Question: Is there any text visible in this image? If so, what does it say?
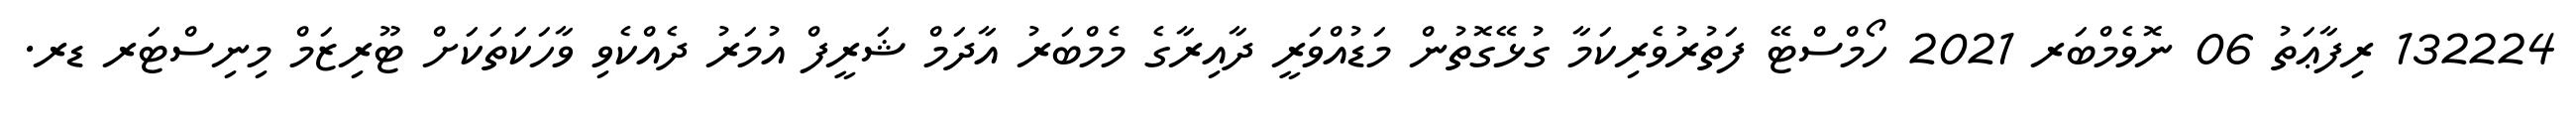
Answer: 132224 ރިފާޢަތު 06 ނޮވެމްބަރ 2021 ހޯމްސްޓޭ ފަތުރުވެރިކަމާ ގުޅޭގޮތުން މަޑުއްވަރީ ދާއިރާގެ މެމްބަރު އާދަމް ޝަރީފް އުމަރު ދެއްކެވި ވާހަކަތަކަށް ޓޫރިޒަމް މިނިސްޓަރ ޑރ.